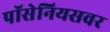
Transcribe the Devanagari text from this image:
पॉसेनियसवर